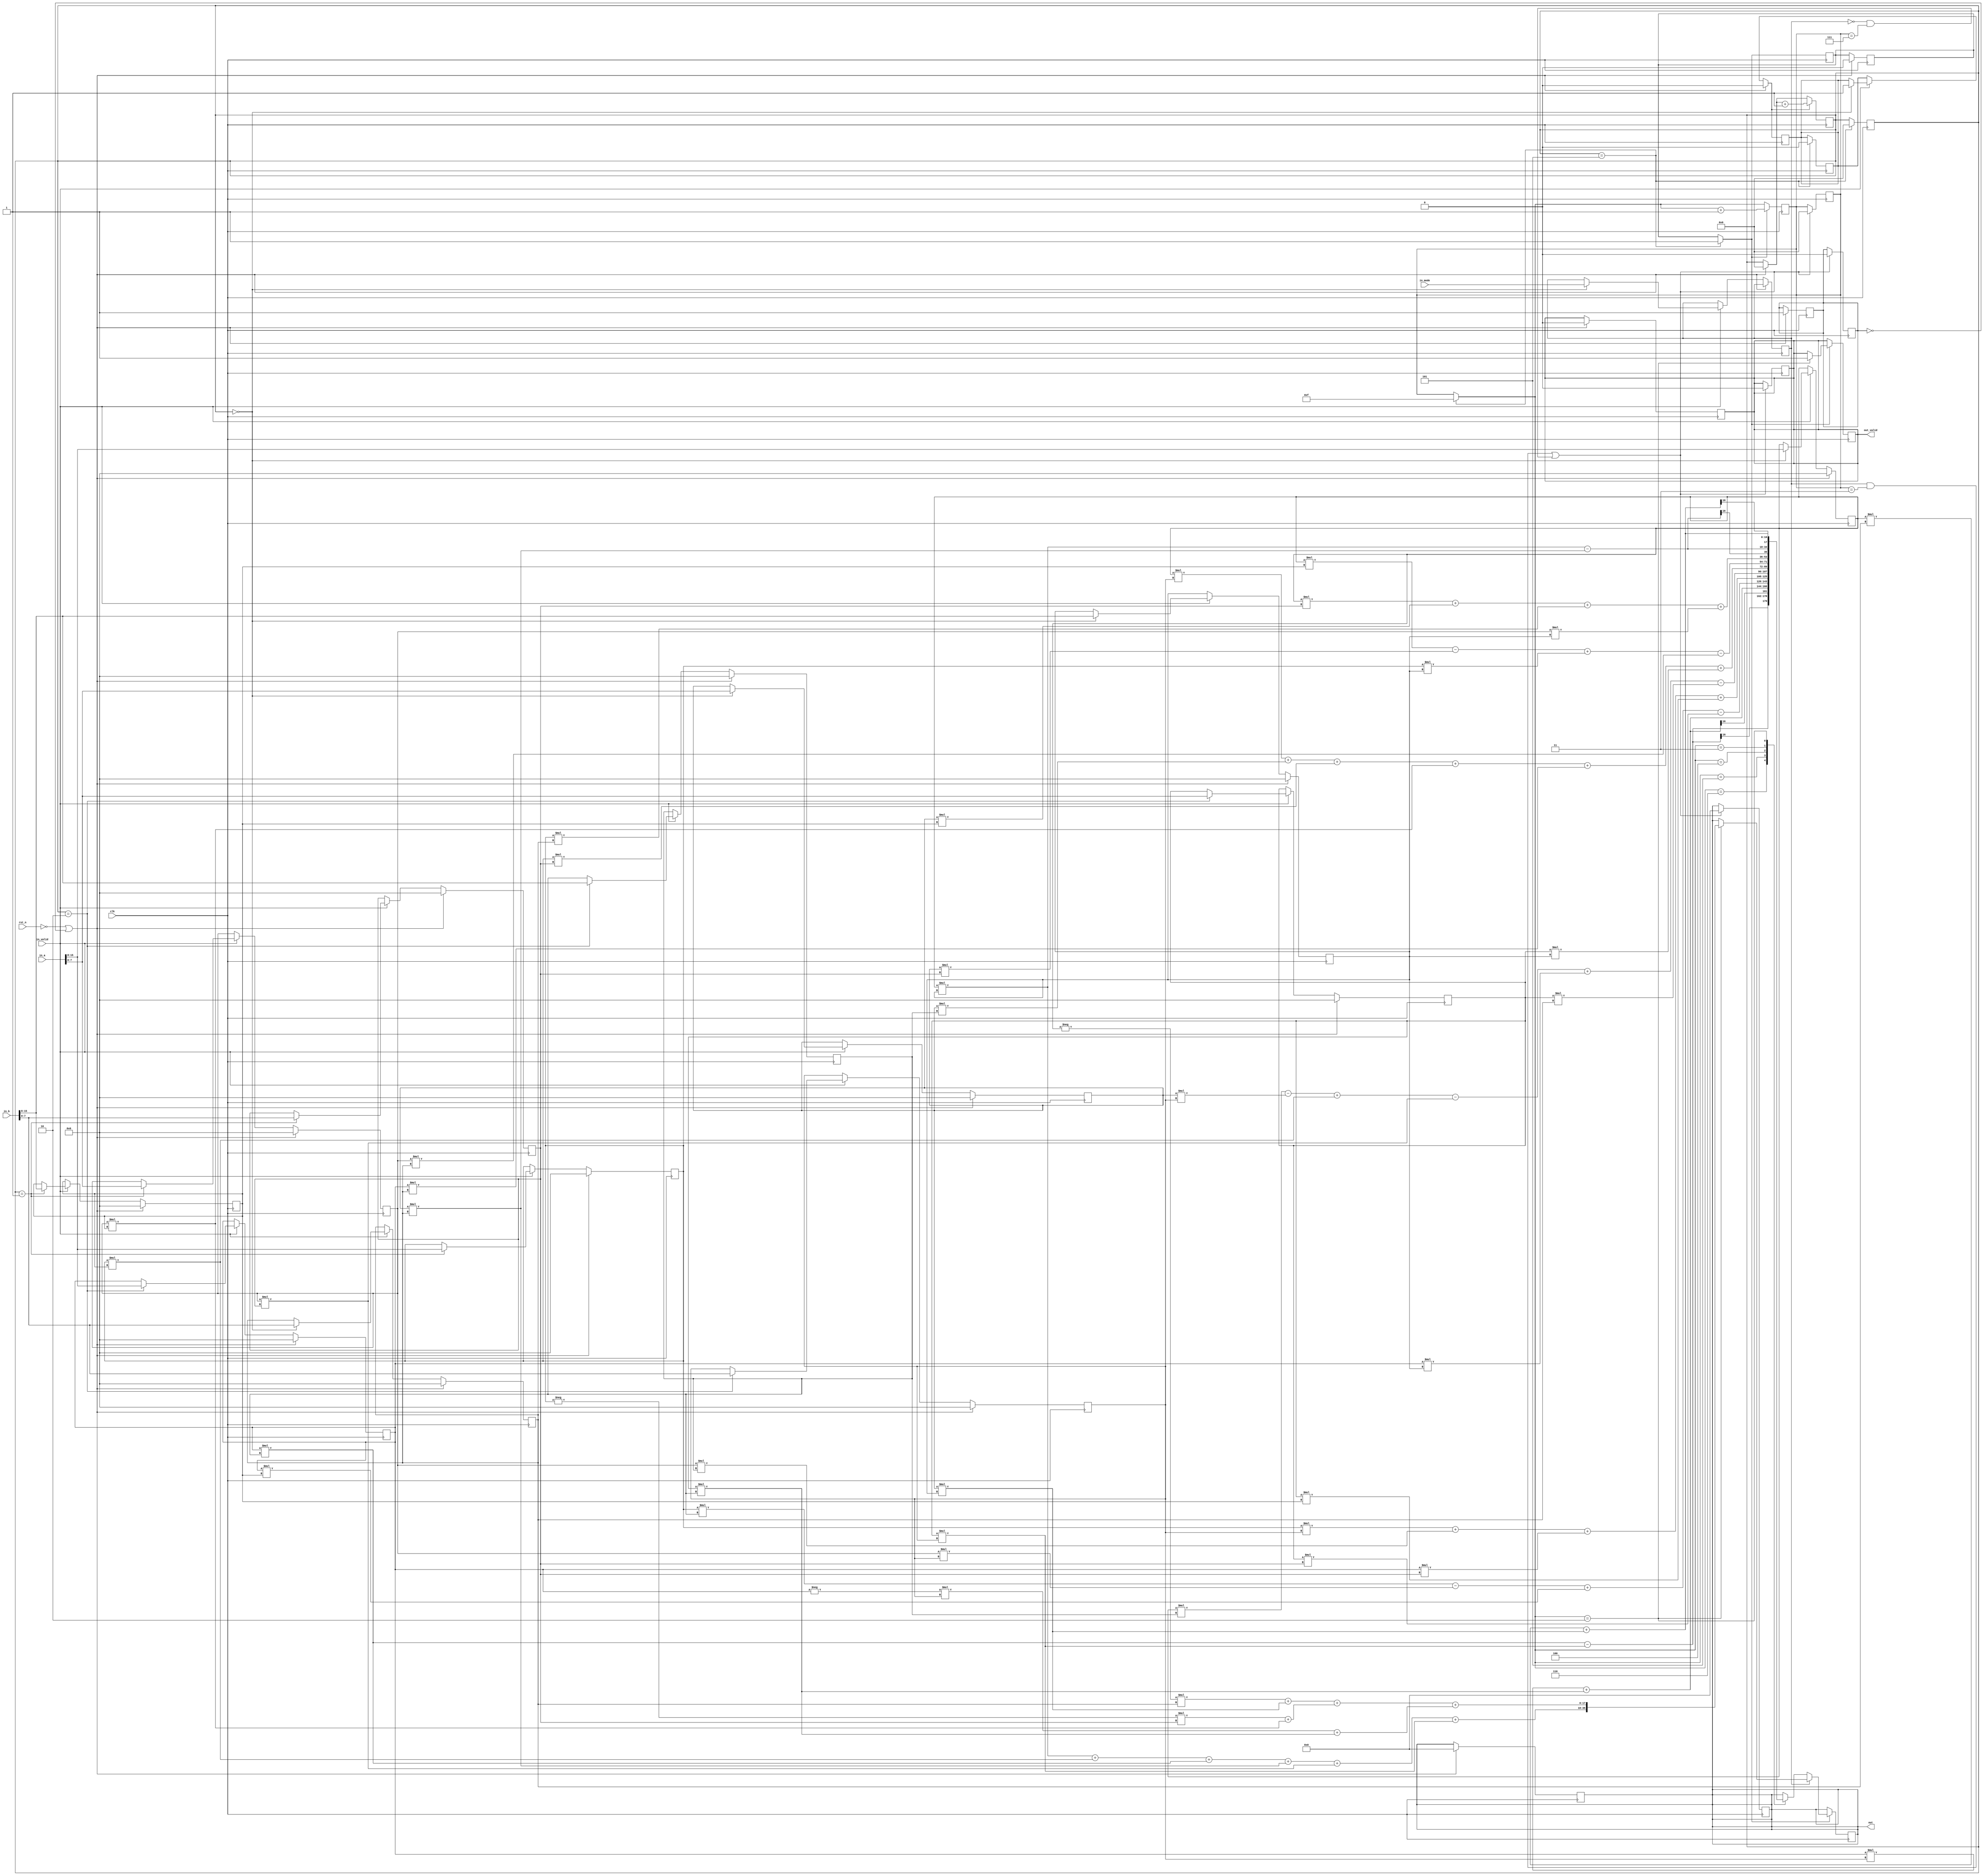
module CONVCOR(	
	clk, 
	rst_n, 
	in_valid, 
	in_a,
	in_b,
	in_mode,	
	out_valid, 
	out
);

	input clk,rst_n,in_valid,in_mode;
	input[15:0] in_a,in_b;
	output reg out_valid;
	output reg[35:0] out;
	reg signed[7:0] Ar[0:2],Br[0:2],Ai[0:2],Bi[0:2];
	wire clkL,clkH;
	assign clkL = !clk;
	assign clkH = clk;
	reg reset;
	reg valid;	
	reg mode;
	reg[3:0] inputCnt;
	reg inputValid;	
	//input
	always@(posedge clkH)begin
		if(!rst_n||!reset)begin
			Ar[0]=0;Br[0]=0;
			Ar[1]=0;Br[1]=0;
			Ar[2]=0;Br[2]=0;
			Ai[0]=0;Bi[0]=0;
			Ai[1]=0;Bi[1]=0;
			Ai[2]=0;Bi[2]=0;
			inputCnt=0;
			out_valid=0;
			valid=0;
			inputValid=0;
			out=0;
			reset=1;
		end else if(in_valid)begin
			case(inputCnt)
			2:begin
				{Ar[2],Ai[2]}=in_a;
				{Br[2],Bi[2]}=in_b;
			end
			1:begin
				{Ar[1],Ai[1]}=in_a;
				{Br[1],Bi[1]}=in_b;
			end
			0:begin
				mode=in_mode;
				inputValid=1;
				{Ar[0],Ai[0]}=in_a;
				{Br[0],Bi[0]}=in_b;
			end
			endcase
			//after input, inputCnt==3
		end
		if(inputValid) inputCnt=inputCnt+1;
	end
	
	reg[3:0] outputCnt;
	wire signed[35:0] conv[0:4];
	wire signed[35:0] core;
	
	wire[17:0] coreR,coreI;
	assign coreR=core[35:18];
	assign coreI=core[17:0];
	
	
	
	//Corelation
	
	assign core[35:18]=(
		Ar[0]*Br[0]+Ar[1]*Br[1]+Ar[2]*Br[2]+
		Ai[0]*Bi[0]+Ai[1]*Bi[1]+Ai[2]*Bi[2]
	);
	assign core[17:0]= (
		(-Ar[0]*Bi[0]+Ai[0]*Br[0])+
		(-Ar[1]*Bi[1]+Ai[1]*Br[1])+
		(-Ar[2]*Bi[2]+Ai[2]*Br[2])
	);
	
	//Convolution
	//Real Part
	assign conv[0][35:18]=Ar[0]*Br[0]-Ai[0]*Bi[0];
	assign conv[1][35:18]=(
		Ar[0]*Br[1]-Ai[0]*Bi[1]+
		Ar[1]*Br[0]-Ai[1]*Bi[0]
	);
	assign conv[2][35:18]=(
		Ar[0]*Br[2]-Ai[0]*Bi[2]+
		Ar[1]*Br[1]-Ai[1]*Bi[1]+
		Ar[2]*Br[0]-Ai[2]*Bi[0]
	);
	assign conv[3][35:18]=(
		Ar[1]*Br[2]-Ai[1]*Bi[2]+
		Ar[2]*Br[1]-Ai[2]*Bi[1]
	);
	assign conv[4][35:18]=Ar[2]*Br[2]-Ai[2]*Bi[2];
	
	//Imaginary Part
	assign conv[0][17:0]=Ar[0]*Bi[0]+Ai[0]*Br[0];
	assign conv[1][17:0]=(
		Ar[0]*Bi[1]+Ai[0]*Br[1]+
		Ar[1]*Bi[0]+Ai[1]*Br[0]
	);
	assign conv[2][17:0]=(
		Ar[0]*Bi[2]+Ai[0]*Br[2]+
		Ar[1]*Bi[1]+Ai[1]*Br[1]+
		Ar[2]*Bi[0]+Ai[2]*Br[0]
	);
	assign conv[3][17:0]=(
		Ar[1]*Bi[2]+Ai[1]*Br[2]+
		Ar[2]*Bi[1]+Ai[2]*Br[1]
	);
	assign conv[4][17:0]=Ar[2]*Bi[2]+Ai[2]*Br[2];
	
	//Output
	always@(negedge clkL)begin
		if(inputCnt==5)begin
			outputCnt=~0;
			inputCnt=0;
			inputValid=0;
			valid=1;
		end
		if(valid)begin
			if(outputCnt==2)out_valid=1;
			if(!mode)begin
				case(outputCnt)
				6: out=conv[4];
				5: out=conv[3];
				4: out=conv[2];
				3: out=conv[1];
				2: out=conv[0];
				endcase
			end else begin
				if(outputCnt==2)
					out=core;
				
			end
			outputCnt=outputCnt+1;
		end
	end

	always@(posedge clk)
		if((mode&&outputCnt==3)||(!mode&&outputCnt==7))begin
			out_valid=0;
			out=0;
			reset=0;
			outputCnt=0;
		end
//---------------------------------
//  input and output declaration
//---------------------------------  



//----------------------------------
// reg and wire declaration
//--------------------------------- 

 

 
 //----------------------------------
//
//         My design
//
//----------------------------------


endmodule